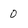
Character: 0